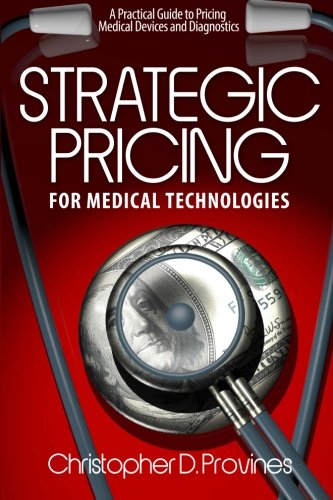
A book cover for Strategic Pricing for Medical Technologies: A Practical Guide to Pricing Medical Devices & Diagnostics; Christopher D Provines; Business & Money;